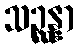
သဉ္ဆန္နာ